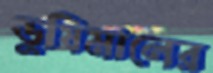
ভুষিমালের